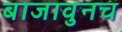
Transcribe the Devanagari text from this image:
बाजावुनच